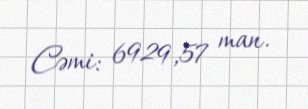
Cəmi: 6929,57 man.